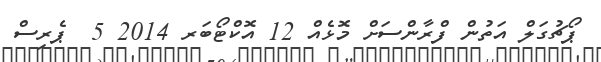
ޕޯޗުގަލް އަތުން ފްރާންސަށް މޮޅެއް 12 އޮކްޓޯބަރ 2014 5  ޕެރިސް